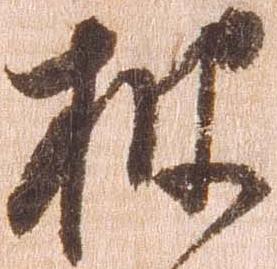
披